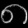
Digit: ၈